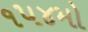
૧૫૪મો